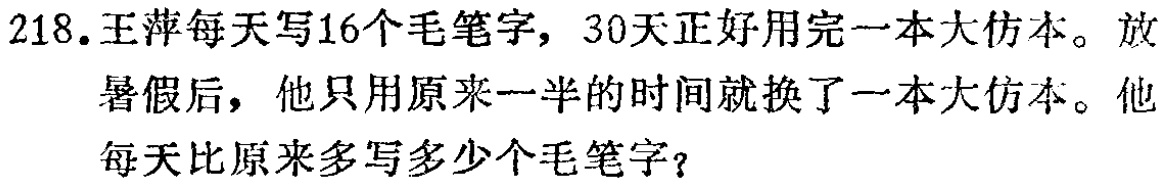
218.王萍每天写16个毛笔字，30天正好用完一本大仿本。放暑假后，他只用原来一半的时间就换了一本大仿本。他每天比原来多写多少个毛笔字？